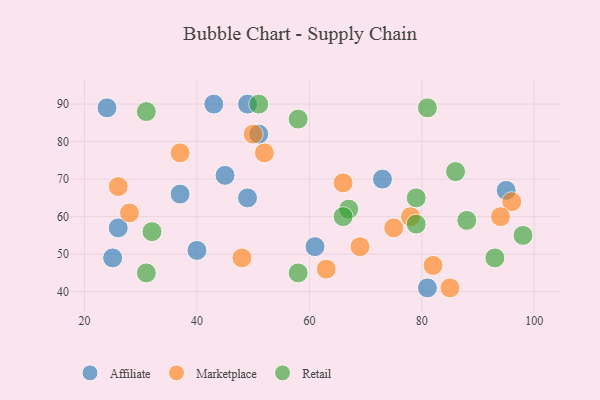
{"axis": {"x": "GDP", "y": "Life Expectancy"}, "legend": ["Affiliate", "Marketplace", "Retail"], "data": [{"x": "40", "y": 51, "type": "Affiliate"}, {"x": "24", "y": 89, "type": "Affiliate"}, {"x": "45", "y": 71, "type": "Affiliate"}, {"x": "51", "y": 82, "type": "Affiliate"}, {"x": "95", "y": 67, "type": "Affiliate"}, {"x": "73", "y": 70, "type": "Affiliate"}, {"x": "81", "y": 41, "type": "Affiliate"}, {"x": "49", "y": 90, "type": "Affiliate"}, {"x": "43", "y": 90, "type": "Affiliate"}, {"x": "49", "y": 65, "type": "Affiliate"}, {"x": "61", "y": 52, "type": "Affiliate"}, {"x": "25", "y": 49, "type": "Affiliate"}, {"x": "26", "y": 57, "type": "Affiliate"}, {"x": "37", "y": 66, "type": "Affiliate"}, {"x": "66", "y": 69, "type": "Marketplace"}, {"x": "75", "y": 57, "type": "Marketplace"}, {"x": "28", "y": 61, "type": "Marketplace"}, {"x": "52", "y": 77, "type": "Marketplace"}, {"x": "48", "y": 49, "type": "Marketplace"}, {"x": "26", "y": 68, "type": "Marketplace"}, {"x": "96", "y": 64, "type": "Marketplace"}, {"x": "50", "y": 82, "type": "Marketplace"}, {"x": "63", "y": 46, "type": "Marketplace"}, {"x": "82", "y": 47, "type": "Marketplace"}, {"x": "94", "y": 60, "type": "Marketplace"}, {"x": "69", "y": 52, "type": "Marketplace"}, {"x": "37", "y": 77, "type": "Marketplace"}, {"x": "78", "y": 60, "type": "Marketplace"}, {"x": "85", "y": 41, "type": "Marketplace"}, {"x": "93", "y": 49, "type": "Retail"}, {"x": "79", "y": 58, "type": "Retail"}, {"x": "67", "y": 62, "type": "Retail"}, {"x": "81", "y": 89, "type": "Retail"}, {"x": "58", "y": 86, "type": "Retail"}, {"x": "79", "y": 65, "type": "Retail"}, {"x": "32", "y": 56, "type": "Retail"}, {"x": "58", "y": 45, "type": "Retail"}, {"x": "86", "y": 72, "type": "Retail"}, {"x": "31", "y": 88, "type": "Retail"}, {"x": "51", "y": 90, "type": "Retail"}, {"x": "31", "y": 45, "type": "Retail"}, {"x": "66", "y": 60, "type": "Retail"}, {"x": "88", "y": 59, "type": "Retail"}, {"x": "98", "y": 55, "type": "Retail"}]}